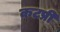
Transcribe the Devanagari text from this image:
कटप्री